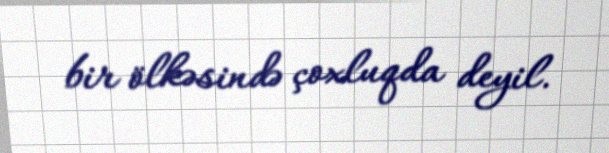
bir ölkəsində çoxluqda deyil.